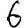
Digit: 6